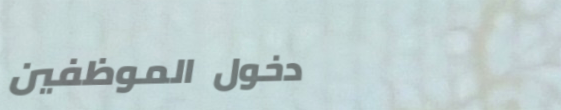
دخول الموظفين